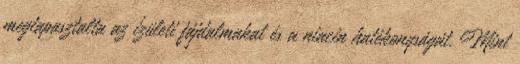
megtapasztalta az ízületi fájdalmakat és a niacin hatékonyságát. Mint